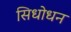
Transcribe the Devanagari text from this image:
सिधोधन